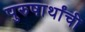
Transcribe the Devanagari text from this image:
पुरुषार्थांची